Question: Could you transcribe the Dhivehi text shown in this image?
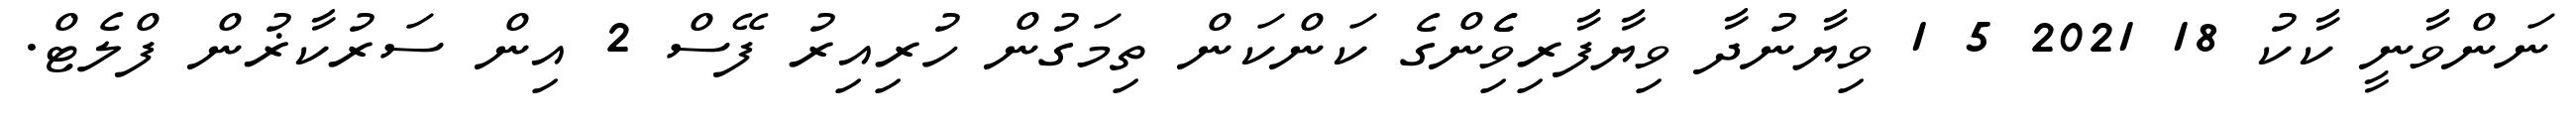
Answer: ނަންވާނީ ކާކު 18 2021 5 1 ވިޔާނުދާ ވިޔާފާރިވެެިންގެ ކަންކަން ތިމަގުން ހުރިއިރު ފޭސް 2 އިން ސަރުކާޜުން ފްލެޓް.